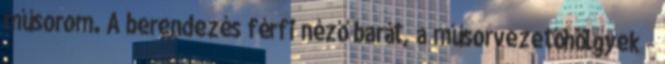
műsorom. A berendezés férfi néző barát, a műsorvezetőhölgyek -